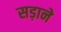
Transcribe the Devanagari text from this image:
सड़ाने